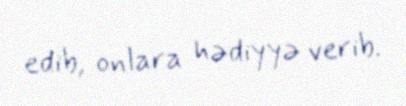
edib, onlara hədiyyə verib.